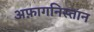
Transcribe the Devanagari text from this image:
अफ़ागनिस्तान